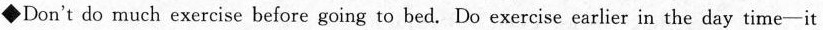
◆Don't do much exercise before going to bed. Do exercise earlier in the day time--it